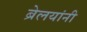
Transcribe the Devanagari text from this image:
ब्रेलयांनी